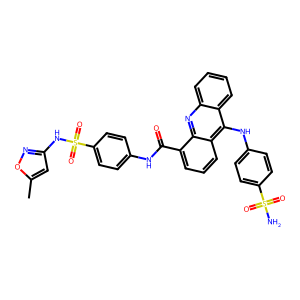
SMILES: Cc1cc(NS(=O)(=O)c2ccc(NC(=O)c3cccc4c(Nc5ccc(S(N)(=O)=O)cc5)c5ccccc5nc34)cc2)no1
Inhibits HIV replication: No